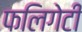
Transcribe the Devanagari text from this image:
फलिगेटी